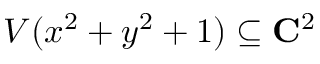
V ( x ^ { 2 } + y ^ { 2 } + 1 ) \subseteq \mathbf { C } ^ { 2 }